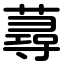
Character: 蕁